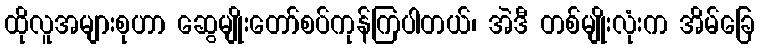
ထိုလူအများစုဟာ ဆွေမျိုးတော်စပ်ကုန်ကြပါတယ်၊ အဲဒီ တစ်မျိုးလုံးက အိမ်ခြေ